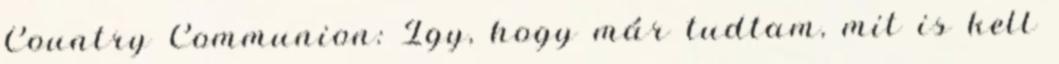
Country Communion: Így, hogy már tudtam, mit is kell